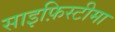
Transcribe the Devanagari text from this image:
साइफ़िस्टीमा